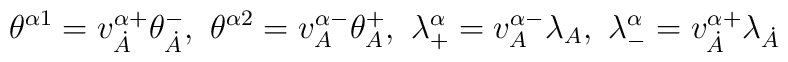
\theta^{\alpha 1}=v^{\alpha +}_{\dot A}\theta^-_{\dot A},\ \theta^{\alpha 2}=v^{\alpha -}_A\theta^+_A,\ \lambda^\alpha_+=v^{\alpha -}_A\lambda_A,\ \lambda^\alpha _-=v^{\alpha +}_{\dot A}\lambda_{\dot A}